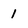
Character: 1